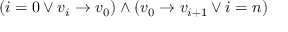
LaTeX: ( i = 0 \vee v _ { i } \rightarrow v _ { 0 } ) \wedge ( v _ { 0 } \rightarrow v _ { i + 1 } \vee i = n )